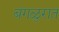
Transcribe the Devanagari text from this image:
बंगळुरात